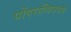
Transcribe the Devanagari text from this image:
पोंपराप्पिननम